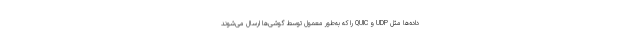
داده‌ها مثل UDP و QUIC را که به‌طور معمول توسط گوشی‌ها ارسال می‌شوند